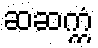
ဆဆက္ကံ